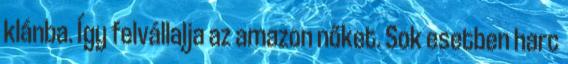
klánba. Így felvállalja az amazon nőket. Sok esetben harc